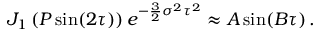
\begin{array} { r } { J _ { 1 } \left( P \sin ( 2 \tau ) \right) e ^ { - \frac { 3 } { 2 } \sigma ^ { 2 } \tau ^ { 2 } } \approx A \sin ( B \tau ) \, . } \end{array}